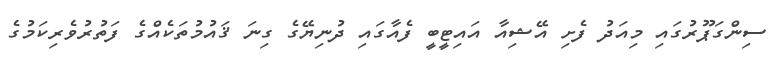
ސިންގަޕޫރުގައި މިއަދު ފެށި އޭޝިއާ އައިޓީބީ ފެއާގައި ދުނިޔޭގެ ގިނަ ޤައުމުތަކެއްގެ ފަތުރުވެރިކަމުގެ